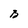
Character: B